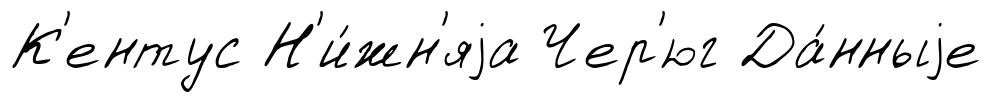
К'ентус Н'и́жн'яjа Чер'юг Да́нныjе